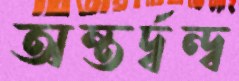
অন্তর্দ্বন্দ্ব